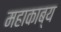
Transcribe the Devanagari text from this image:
महाकाब्‍य